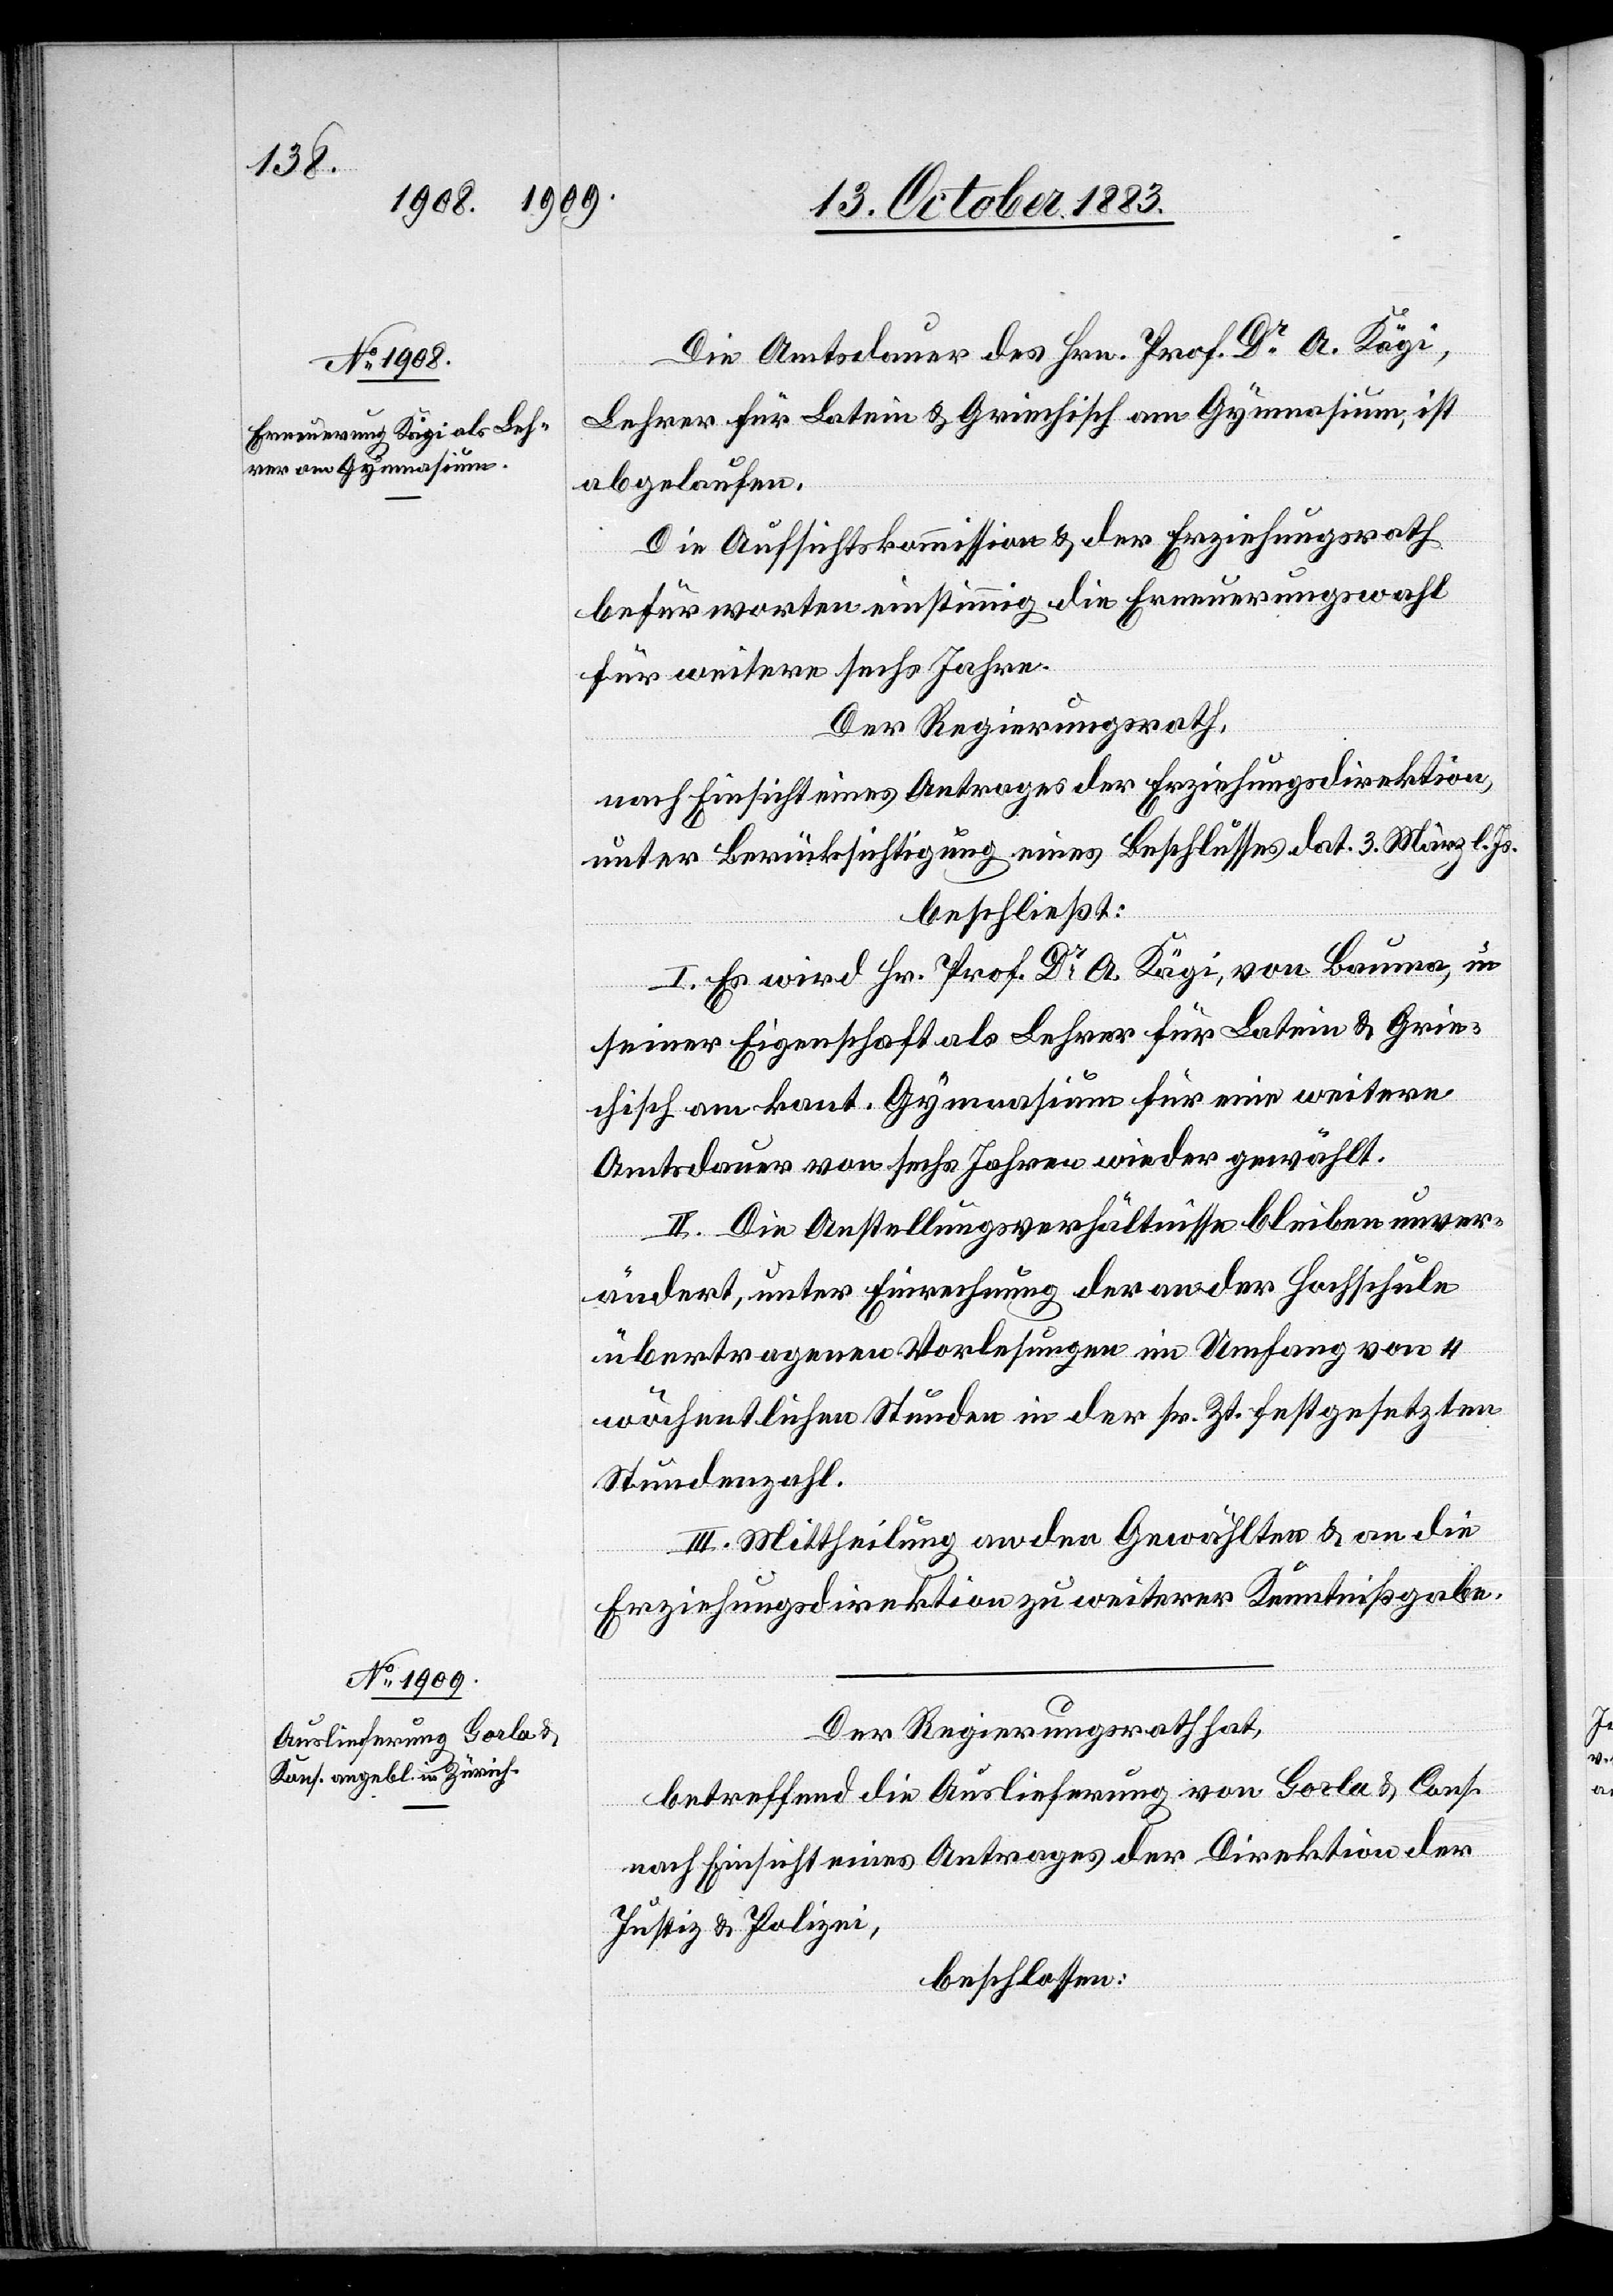
Die Amtsdauer des Hrn. Prof. Dr A. Kägi,
Lehrer für Latein & Griechisch am Gymnasium, ist
abgelaufen.
Die Aufsichtskommission & der Erziehungsrath
befürworten einstimmig die Erneuerungswahl
für weitere sechs Jahre.
Der Regierungsrath,
nach Einsicht eines Antrages der Erziehungsdirektion,
unter Berücksichtigung eines Beschlusses dat. 3. März l. Js.
beschließt:
I. Es wird Hr. Prof. Dr A. Kägi, von Bauma, in
seiner Eigenschaft als Lehrer für Latein & Grie¬
chisch am kant. Gymnasium für eine weitere
Amtsdauer von sechs Jahren wieder gewählt.
II. Die Anstellungsverhältnisse bleiben unver¬
ändert, unter Einrechnung der an der Hochschule
übertragenen Vorlesungen im Umfang von 4
wöchentlichen Stunden in der sr. Zt. festgesetzten
Stundenzahl.
III. Mittheilung an den Gewählten & an die
Erziehungsdirektion zu weiterer Kenntnißgabe.
Der Regierungsrath hat,
betreffend die Auslieferung von Gorla & Cons.
nach Einsicht eines Antrages der Direktion der
Justiz & Polizei,
beschlossen: